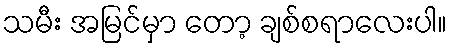
သမီး အမြင်မှာ တော့ ချစ်စရာလေးပါ။